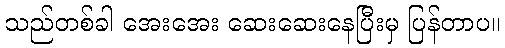
သည်တစ်ခါ အေးအေး ဆေးဆေးနေပြီးမှ ပြန်တာပ။